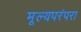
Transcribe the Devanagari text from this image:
मूल्यपरंपरा